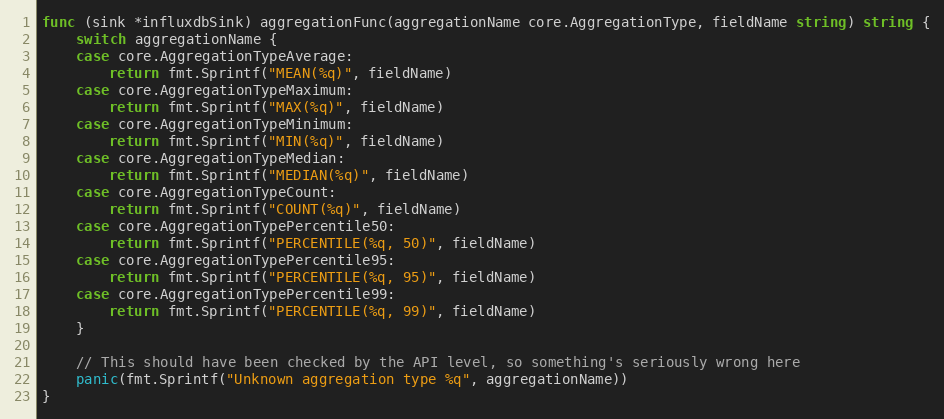
Language: Go
func (sink *influxdbSink) aggregationFunc(aggregationName core.AggregationType, fieldName string) string {
	switch aggregationName {
	case core.AggregationTypeAverage:
		return fmt.Sprintf("MEAN(%q)", fieldName)
	case core.AggregationTypeMaximum:
		return fmt.Sprintf("MAX(%q)", fieldName)
	case core.AggregationTypeMinimum:
		return fmt.Sprintf("MIN(%q)", fieldName)
	case core.AggregationTypeMedian:
		return fmt.Sprintf("MEDIAN(%q)", fieldName)
	case core.AggregationTypeCount:
		return fmt.Sprintf("COUNT(%q)", fieldName)
	case core.AggregationTypePercentile50:
		return fmt.Sprintf("PERCENTILE(%q, 50)", fieldName)
	case core.AggregationTypePercentile95:
		return fmt.Sprintf("PERCENTILE(%q, 95)", fieldName)
	case core.AggregationTypePercentile99:
		return fmt.Sprintf("PERCENTILE(%q, 99)", fieldName)
	}

	// This should have been checked by the API level, so something's seriously wrong here
	panic(fmt.Sprintf("Unknown aggregation type %q", aggregationName))
}